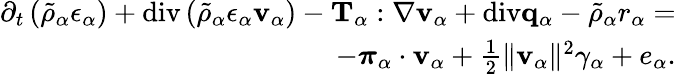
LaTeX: \begin{array}{r}{\partial_{t}\left(\tilde{\rho}_{\alpha}\epsilon_{\alpha}\right)+\mathrm{div}\left(\tilde{\rho}_{\alpha}\epsilon_{\alpha}\mathbf{v}_{\alpha}\right)-\mathbf{T}_{\alpha}:\nabla\mathbf{v}_{\alpha}+\mathrm{div}\mathbf{q}_{\alpha}-\tilde{\rho}_{\alpha}r_{\alpha}=}\\ {-\boldsymbol{\pi}_{\alpha}\cdot\mathbf{v}_{\alpha}+\frac{1}{2}\| \mathbf{v}_{\alpha}\| ^{2}\gamma_{\alpha}+e_{\alpha}.}\end{array}